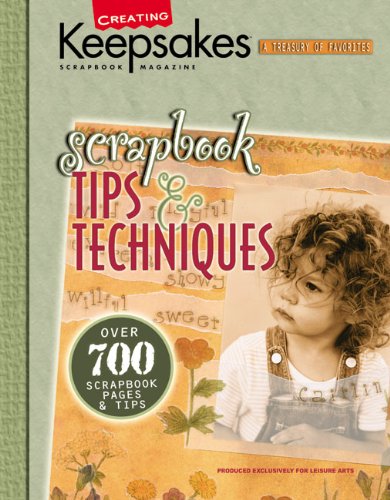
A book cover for Scrapbook Tips & Techniques : Over 700 Scraptbook Pages & Tips  (Leisure Arts); Crafts, Hobbies & Home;